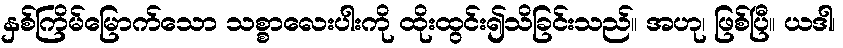
နှစ်ကြိမ်မြောက်သော သစ္စာလေးပါးကို ထိုးထွင်း၍သိခြင်းသည်။ အဟု၊ ဖြစ်ပြီ။ ယဒါ၊